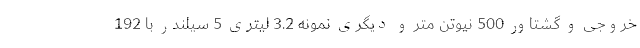
خروجی و گشتاور 500 نیوتن متر و دیگری نمونه 3.2 لیتری 5 سیلندر با 192